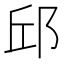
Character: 邱